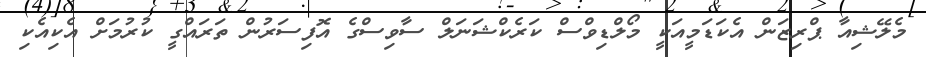
މެލޭޝިއާ ޕްރިޒަން އެކަޑަމީއަކީ މޯލްޑިވްސް ކަރެކްޝަނަލް ސާވިސްގެ އޮފިސަރުން ތަރައްގީ ކުރުމަށް އެކިއެކި